Insane asylums in Bengal annual reports 1876-1887 - 1876-1887
Year: 1876
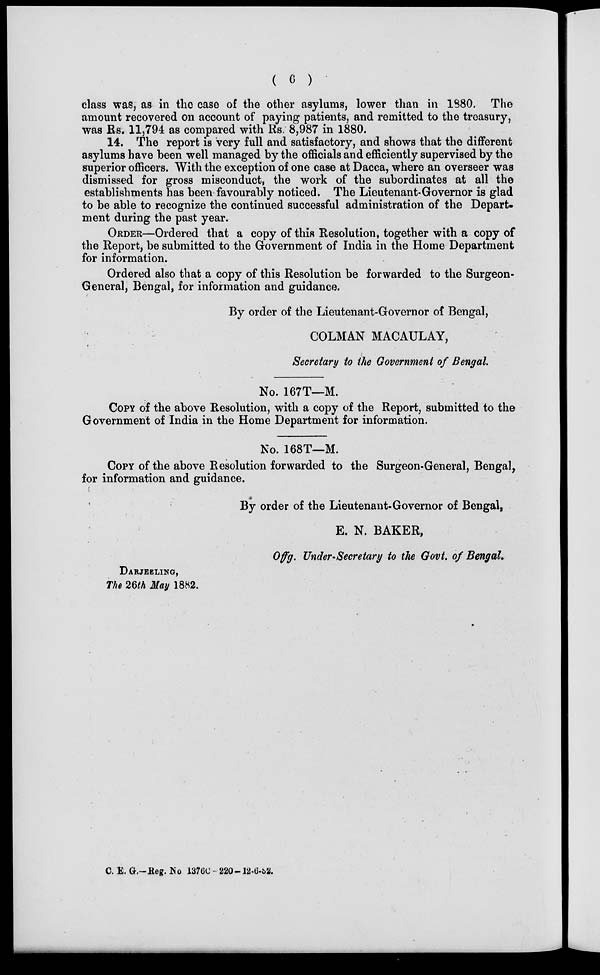
( 6 )
class was, as in the case of the other asylums, lower than in 1880. The
amount recovered on account of paying patients, and remitted to the treasury,
was Rs. 11,794 as compared with Rs. 8,987 in 1880.
14. The report is very full and satisfactory, and shows that the different
asylums have been well managed by the officials and efficiently supervised by the
superior officers. With the exception of one case at Dacca, where an overseer was
dismissed for gross misconduct, the work of the subordinates at all the
establishments has been favourably noticed. The Lieutenant-Governor is glad
to be able to recognize the continued successful administration of the Depart-
ment during the past year.
ORDER—Ordered that a copy of this Resolution, together with a copy of
the Report, be submitted to the Government of India in the Home Department
for information.
Ordered also that a copy of this Resolution be forwarded to the Surgeon-
General, Bengal, for information and guidance.
By order of the Lieutenant-Governor of Bengal,
COLMAN MACAULAY,
Secretary to the Government of Bengal.
No. 167T—M.
COPY of the above Resolution, with a copy of the Report, submitted to the
Government of India in the Home Department for information.
No. 168T—M.
COPY of the above Resolution forwarded to the Surgeon-General, Bengal,
for information and guidance.
By order of the Lieutenant-Governor of Bengal,
E. N. BAKER,
Offg. Under-Secretary to the Govt. of Bengal.
DARJEELING,
The 26th May 1882.
C. E. G.-Reg. No 1376C - 220-12-6-82.